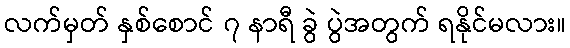
လက်မှတ် နှစ်စောင် ၇ နာရီ ခွဲ ပွဲအတွက် ရနိုင်မလား။